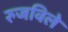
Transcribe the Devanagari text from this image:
रुजविले